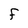
Character: F